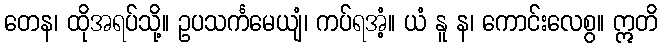
တေန၊ ထိုအရပ်သို့။ ဥပသင်္ကမေယျံ၊ ကပ်ရအံ့။ ယံ နူ န၊ ကောင်းလေစွ။ ဣတိ